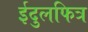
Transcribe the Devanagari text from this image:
ईदुलफित्र